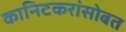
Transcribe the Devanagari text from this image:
कानिटकरांसोबत